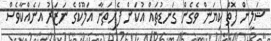
ޝަލީން ފޮތް ކިޔަން ވެގެން ގަނޑުތައް އުކަން ފެށިތަނާ އަލޫކްގެ ނަޒަރު އަނެއްކާވެސް